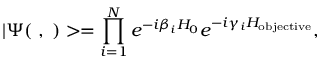
| \Psi ( { \bf \beta } , { \bf \gamma } ) > = \prod _ { i = 1 } ^ { N } e ^ { - i \beta _ { i } H _ { 0 } } e ^ { - i \gamma _ { i } H _ { \mathrm { o b j e c t i v e } } } ,